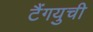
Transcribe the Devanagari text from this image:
टैंगयुची